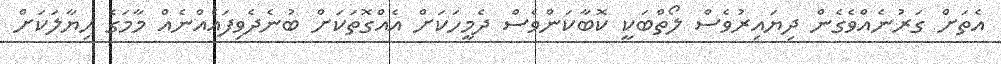
އެތަށް ގަރުނެއްވެގެން ދިޔައިރުވެސް ލޯތްބަކީ ކޮބާކަންވެސް ދެމީހަކަށް އެއްގޮތަކަށް ބުނެދެވިފައެއްނެއް މާމަގެ ހިޔާލަކަށް